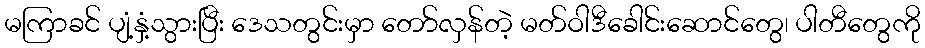
မကြာခင် ပျံ့နှံ့သွားပြီး ဒေသတွင်းမှာ တော်လှန်တဲ့ မတ်ဝါဒီခေါင်းဆောင်တွေ၊ ပါတီတွေကို